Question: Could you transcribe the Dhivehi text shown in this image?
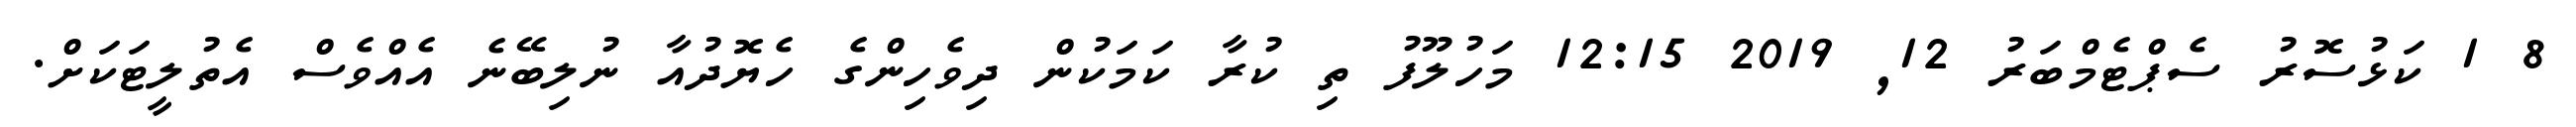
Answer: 8 1 ކަޅުސޮރު ސެޕްޓެމްބަރު 12, 2019 12:15 މަހުލޫފު ތި ކުރާ ކަމަކުން ދިވެހިންގެ ހެޔޮދުއާ ނުލިބޭނެ އެއްވެސް އެތުލީޓަކަށް.